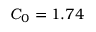
C _ { 0 } = 1 . 7 4